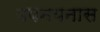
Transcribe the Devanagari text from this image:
उपनयनास